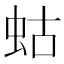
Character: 蛄